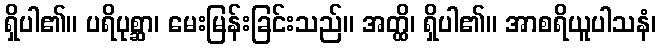
ရှိပါ၏။ ပရိပုစ္ဆာ၊ မေးမြန်းခြင်းသည်။ အတ္ထိ၊ ရှိပါ၏။ အာစရိယူပါသနံ၊